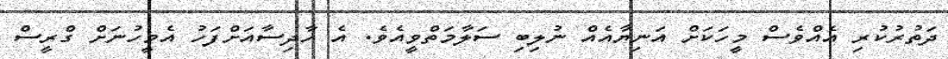
ދަތުރުކުރި އެއްވެސް މީހަކަށް އަނިޔާއެއް ނުލިބި ސަލާމަތްވީއެވެ. އެ ހާދިސާއަށްފަހު އެމީހުނަށް ގްރީސް